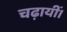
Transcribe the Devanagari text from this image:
चढ़ायीं।